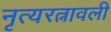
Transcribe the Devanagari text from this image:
नृत्यरत्नावली